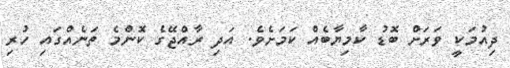
ދިއުމަކީ ވަރަށް ބޮޑު ކާމިޔާބެއް ކަމަށެވެ. އަދި ރާއްޖޭގެ ކޮންމެ ތަނެއްގައި ހުރި